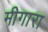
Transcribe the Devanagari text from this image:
मीगारा